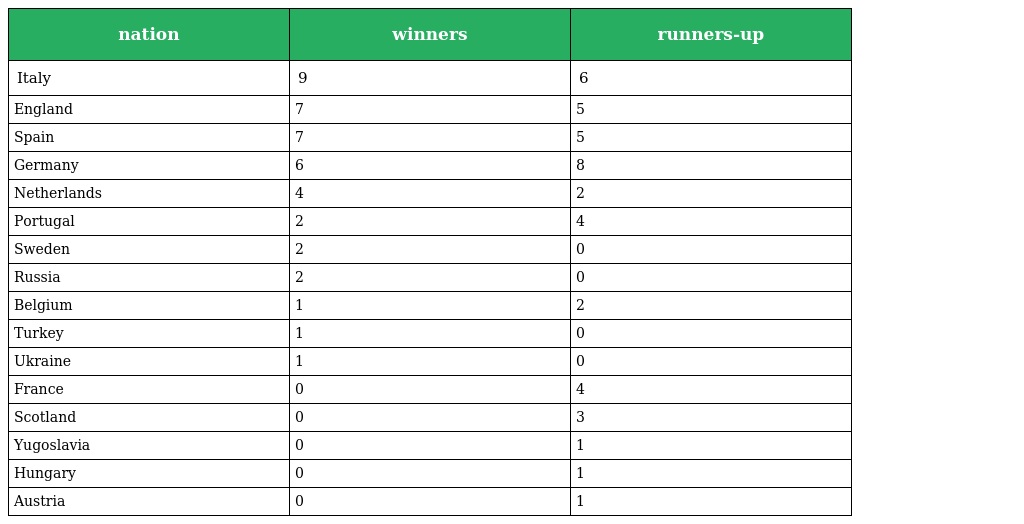
| nation | winners | runners-up |
 | --- | --- | --- |
 | Italy | 9 | 6 |
 | England | 7 | 5 |
 | Spain | 7 | 5 |
 | Germany | 6 | 8 |
 | Netherlands | 4 | 2 |
 | Portugal | 2 | 4 |
 | Sweden | 2 | 0 |
 | Russia | 2 | 0 |
 | Belgium | 1 | 2 |
 | Turkey | 1 | 0 |
 | Ukraine | 1 | 0 |
 | France | 0 | 4 |
 | Scotland | 0 | 3 |
 | Yugoslavia | 0 | 1 |
 | Hungary | 0 | 1 |
 | Austria | 0 | 1 |